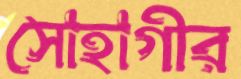
সোহাগীর